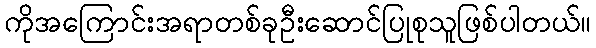
ကိုအကြောင်းအရာတစ်ခုဦးဆောင်ပြုစုသူဖြစ်ပါတယ်။